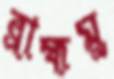
ব্রাহ্মমু